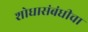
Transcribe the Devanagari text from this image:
शोधासंबंधीचा